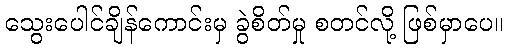
သွေးပေါင်ချိန်ကောင်းမှ ခွဲစိတ်မှု စတင်လို့ ဖြစ်မှာပေ။